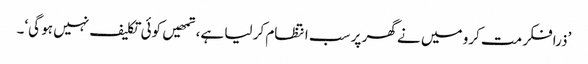
’ذرا فکر مت کرو میں نے گھر پر سب انتظام کر لیا ہے، تمھیں کوئی تکلیف نہیں ہو گی‘۔